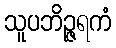
သူပဘိဉ္ဇရကံ